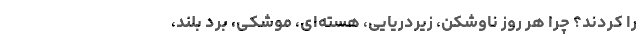
را کردند؟ چرا هر روز ناوشکن، زیردریایی، هسته‌ای، موشکی، برد بلند،